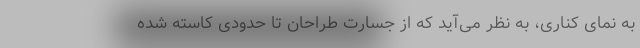
به نمای کناری، به نظر می‌آید که از جسارت طراحان تا حدودی کاسته شده